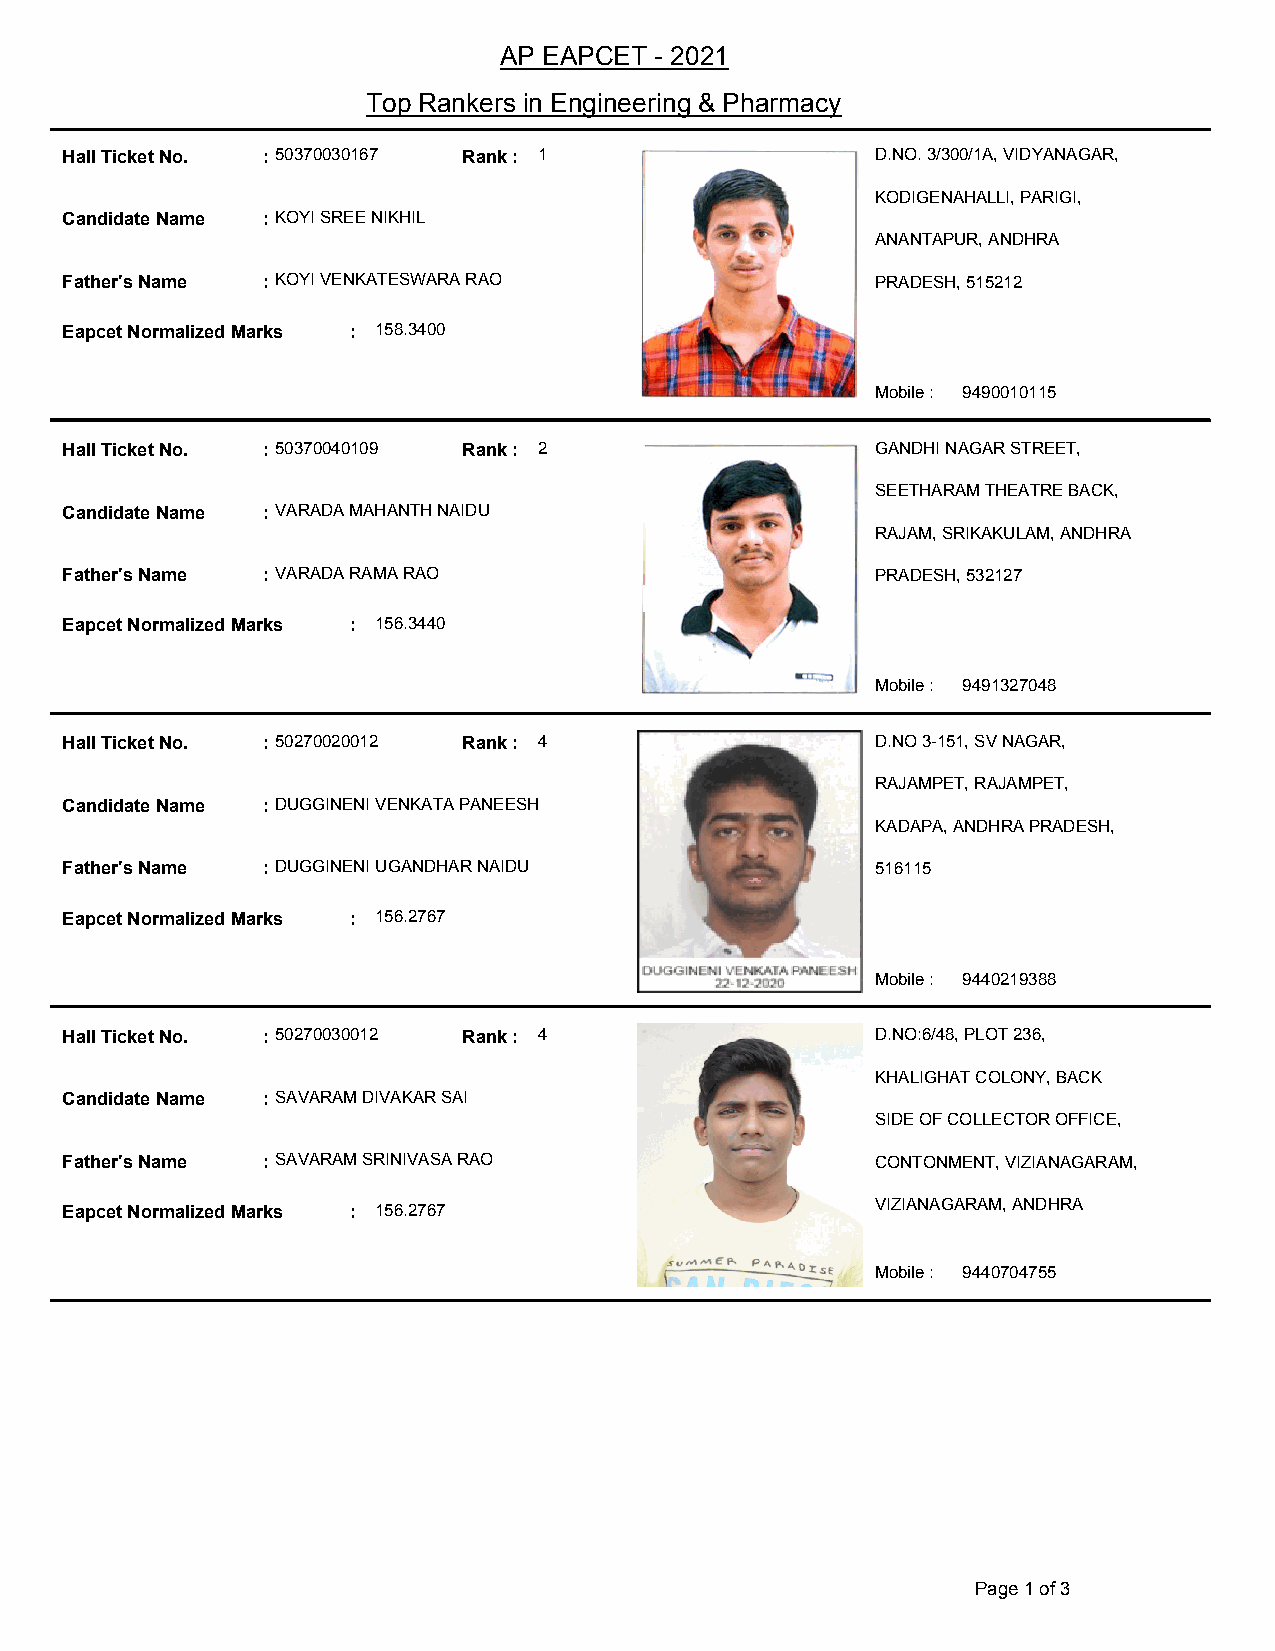
AP EAPCET - 2021
 Top Rankers in Engineering & Pharmacy
 Hall Ticket No. : 50370030167 Rank : 1                D.NO. 3/300/1A, VIDYANAGAR,
 KODIGENAHALLI, PARIGI,
 Candidate Name : KOYI SREE NIKHIL
 ANANTAPUR, ANDHRA
 Father's Name : KOYI VENKATESWARA RAO                 PRADESH, 515212
 Eapcet Normalized Marks : 158.3400
 Mobile : 9490010115
 Hall Ticket No. : 50370040109 Rank : 2                GANDHI NAGAR STREET,
 SEETHARAM THEATRE BACK,
 Candidate Name : VARADA MAHANTH NAIDU
 RAJAM, SRIKAKULAM, ANDHRA
 Father's Name : VARADA RAMA RAO                       PRADESH, 532127
 Eapcet Normalized Marks : 156.3440
 Mobile : 9491327048
 Hall Ticket No. : 50270020012 Rank : 4                D.NO 3-151, SV NAGAR,
 RAJAMPET, RAJAMPET,
 Candidate Name : DUGGINENI VENKATA PANEESH
 KADAPA, ANDHRA PRADESH,
 Father's Name : DUGGINENI UGANDHAR NAIDU              516115
 Eapcet Normalized Marks : 156.2767
 Mobile : 9440219388
 Hall Ticket No. : 50270030012 Rank : 4                D.NO:6/48, PLOT 236,
 KHALIGHAT COLONY, BACK
 Candidate Name : SAVARAM DIVAKAR SAI
 SIDE OF COLLECTOR OFFICE,
 Father's Name : SAVARAM SRINIVASA RAO                 CONTONMENT, VIZIANAGARAM,
 Eapcet Normalized Marks : 156.2767                    VIZIANAGARAM, ANDHRA
 Mobile : 9440704755
 Page 1 of 3